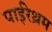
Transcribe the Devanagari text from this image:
पाईरेथ्रम